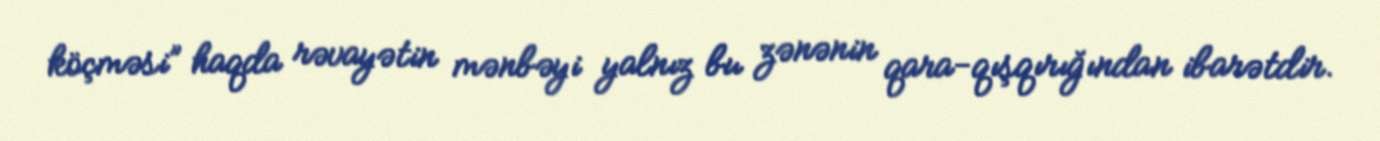
köçməsi” haqda rəvayətin mənbəyi yalnız bu zənənin qara-qışqırığından ibarətdir.